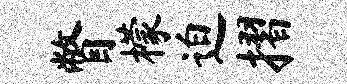
瞥檬迫摺